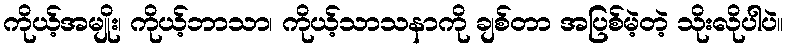
ကိုယ့်အမျိုး၊ ကိုယ့်ဘာသာ၊ ကိုယ့်သာသနာကို ချစ်တာ အပြစ်မဲ့တဲ့ သိုးလိုပါပဲ။